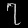
Digit: ၇